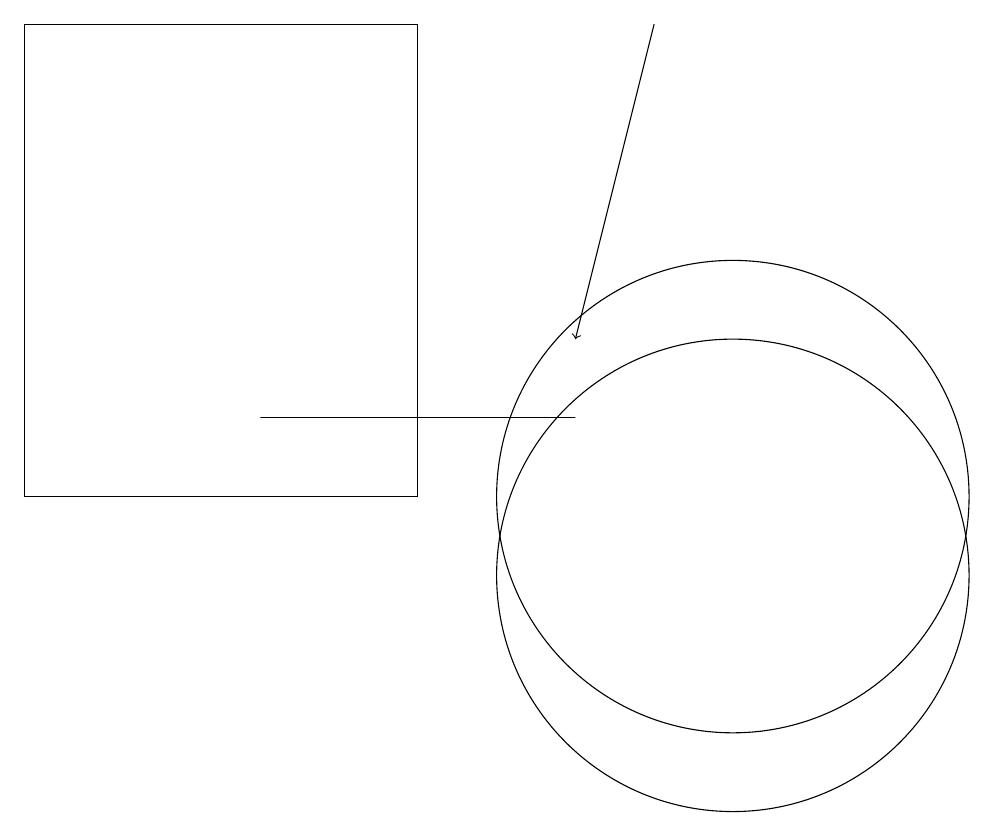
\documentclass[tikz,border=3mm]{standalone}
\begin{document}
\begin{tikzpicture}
\draw[->] (9,17) -- (8,13);
\draw (1,11) rectangle (6,17);
\draw (10,10) circle (3);
\draw (4,12) rectangle (8,12);
\draw (10,11) circle (3);
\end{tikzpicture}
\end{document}